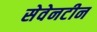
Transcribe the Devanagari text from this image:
सेवेनटीन